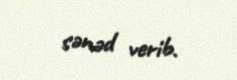
sənəd verib.